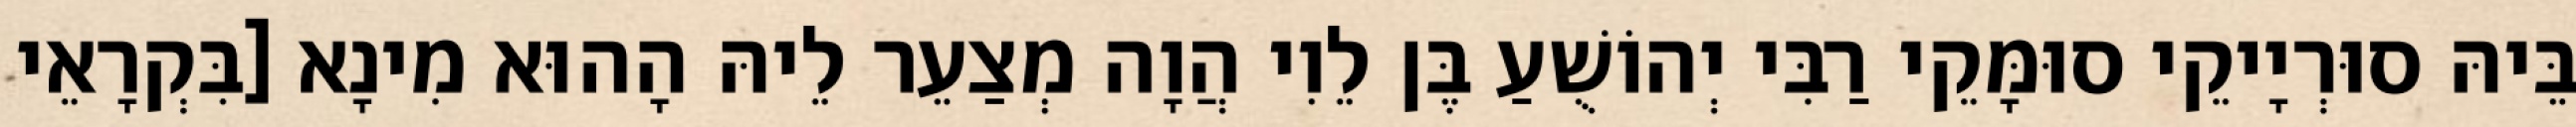
בֵּיהּ סוּרְיָיקֵי סוּמָּקֵי רַבִּי יְהוֹשֻׁעַ בֶּן לֵוִי הֲוָה מְצַעֵר לֵיהּ הָהוּא מִינָא [בִּקְרָאֵי